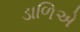
ડાળિએ